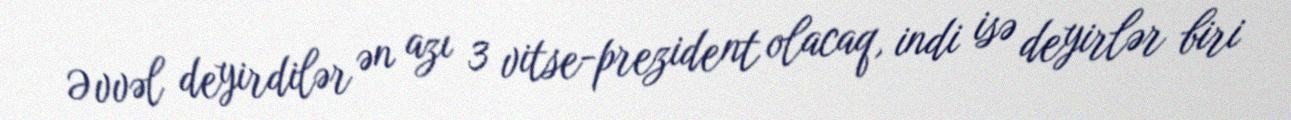
Əvvəl deyirdilər ən azı 3 vitse-prezident olacaq, indi isə deyirlər biri